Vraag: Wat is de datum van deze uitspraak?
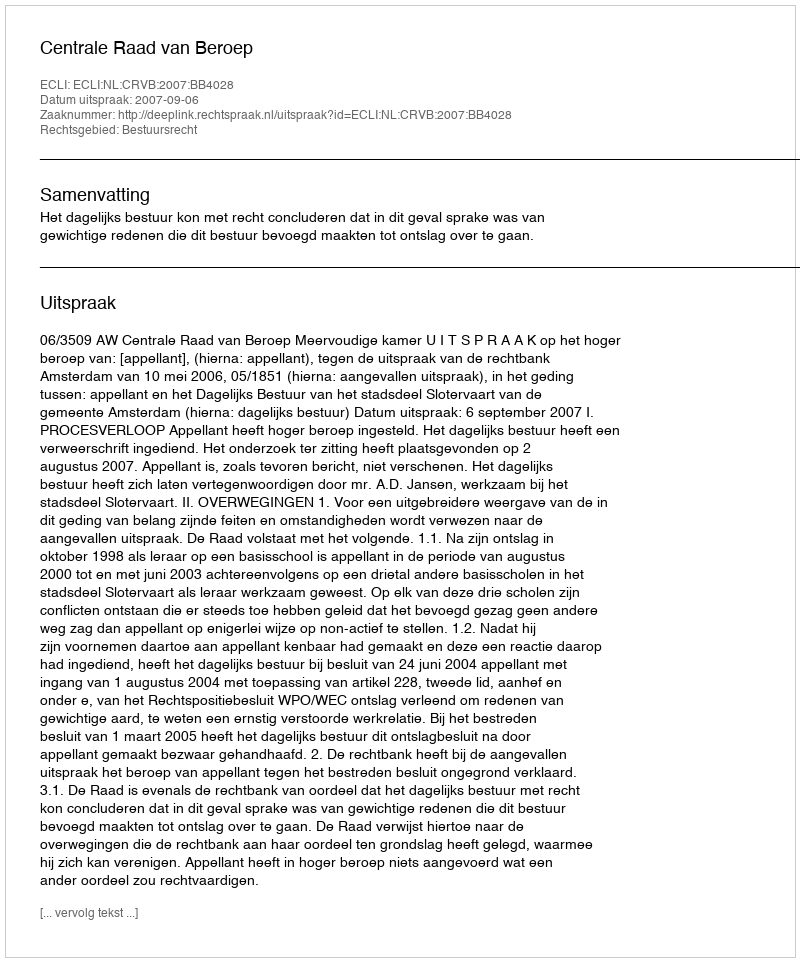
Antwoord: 2007-09-06